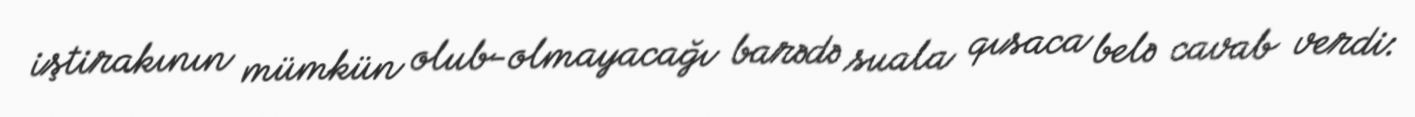
iştirakının mümkün olub-olmayacağı barədə suala qısaca belə cavab verdi: